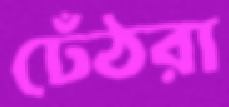
ঢেঁঠরা